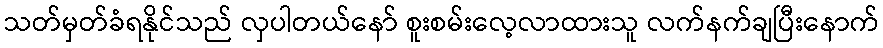
သတ်မှတ်ခံရနိုင်သည် လှပါတယ်နော် စူးစမ်းလေ့လာထားသူ လက်နက်ချပြီးနောက်